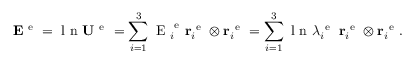
{ \bf E } ^ { \mathrm { ~ e ~ } } = \mathrm { ~ l ~ n ~ } { \bf U } ^ { \mathrm { ~ e ~ } } = \sum _ { i = 1 } ^ { 3 } \mathrm { ~ E ~ } _ { i } ^ { \mathrm { ~ e ~ } } { \bf r } _ { i } ^ { \mathrm { ~ e ~ } } \otimes { \bf r } _ { i } ^ { \mathrm { ~ e ~ } } = \sum _ { i = 1 } ^ { 3 } \mathrm { ~ l ~ n ~ } \lambda _ { i } ^ { \mathrm { ~ e ~ } } \; { \bf r } _ { i } ^ { \mathrm { ~ e ~ } } \otimes { \bf r } _ { i } ^ { \mathrm { ~ e ~ } } .